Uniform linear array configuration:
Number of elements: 32
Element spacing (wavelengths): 1
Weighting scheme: blackman
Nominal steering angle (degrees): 60
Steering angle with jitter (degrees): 59.513
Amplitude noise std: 0.05
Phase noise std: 0.05

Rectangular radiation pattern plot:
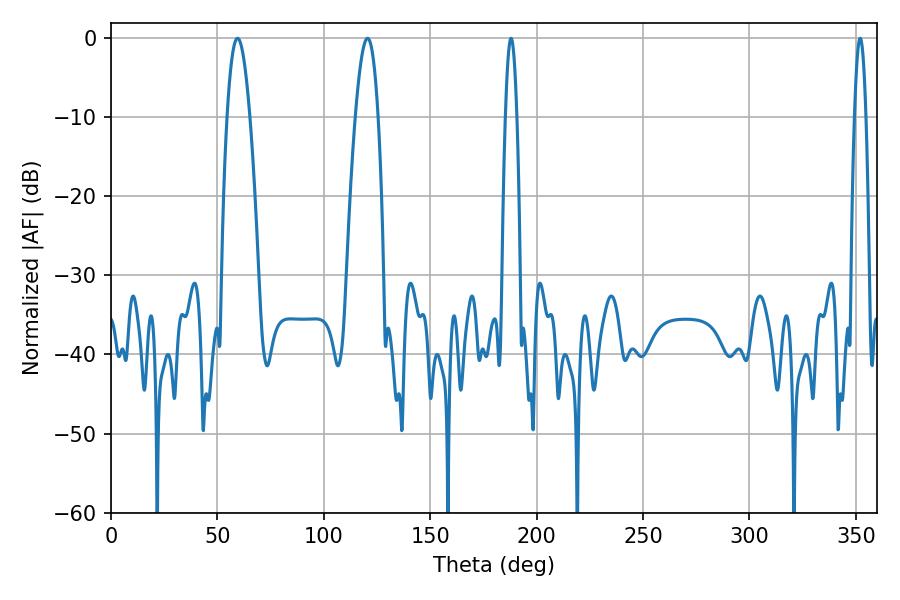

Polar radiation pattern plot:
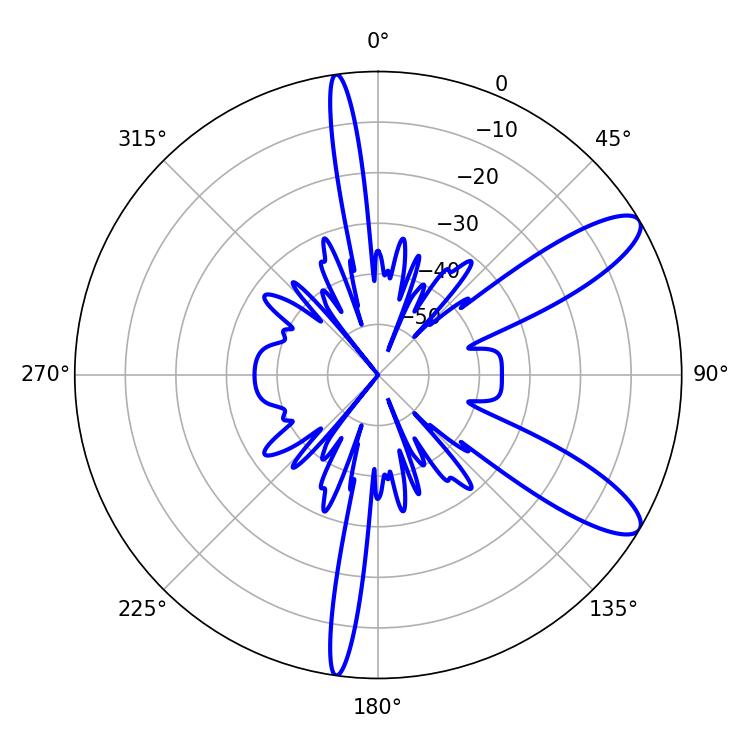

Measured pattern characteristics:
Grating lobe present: TRUE
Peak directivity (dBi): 10.569
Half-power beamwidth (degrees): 5.76
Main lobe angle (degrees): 59.4